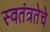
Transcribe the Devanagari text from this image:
स्वतंत्रतेचे